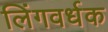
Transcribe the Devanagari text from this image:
लिंगवर्धक